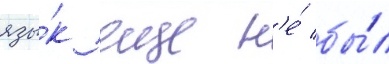
язы́к еще н'е́ бы́л